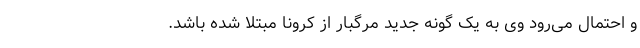
و احتمال می‌رود وی به یک گونه جدید مرگبار از کرونا مبتلا شده باشد.